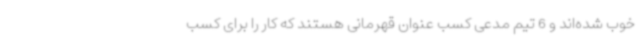
خوب شده‌اند و 6 تیم مدعی کسب عنوان قهرمانی هستند که کار را برای کسب